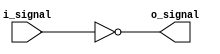
module open_drain_inverter (
    input wire i_signal,
    output wire o_signal
);

    assign o_signal = ~i_signal;

endmodule